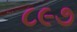
૮૯૭